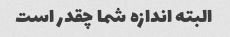
البته اندازه شما چقدر است